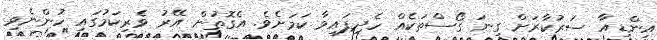
އިންޑިއާ ސަރުކާރަށް ގިނަ ގޯސްތަކެއް ހެދިފައިވާ ކަމަށެވެ. އެގޮތުން އޭރު ވެރިކަމުގައި ހުންނެވި